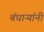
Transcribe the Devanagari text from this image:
बंधाऱ्यांनी